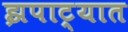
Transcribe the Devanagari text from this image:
झपाट्यात